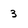
Character: 3